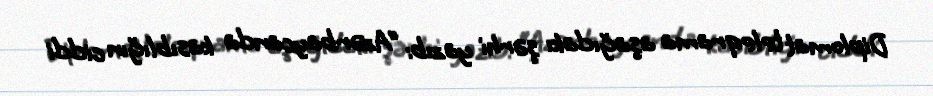
Diplomat teleqrama aşağıdakı şərhi yazıb: “Azərbaycanda kasıblığın ciddi